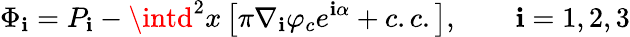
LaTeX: \Phi_{\mathbf{i}}=P_{\mathbf{i}}-\intd^{2}x\left[\pi\nabla_{\mathbf{i}}\varphi_{c}e^{\mathbf{i}\alpha}+c.c.\right],\qquad\mathbf{i}=1,2,3